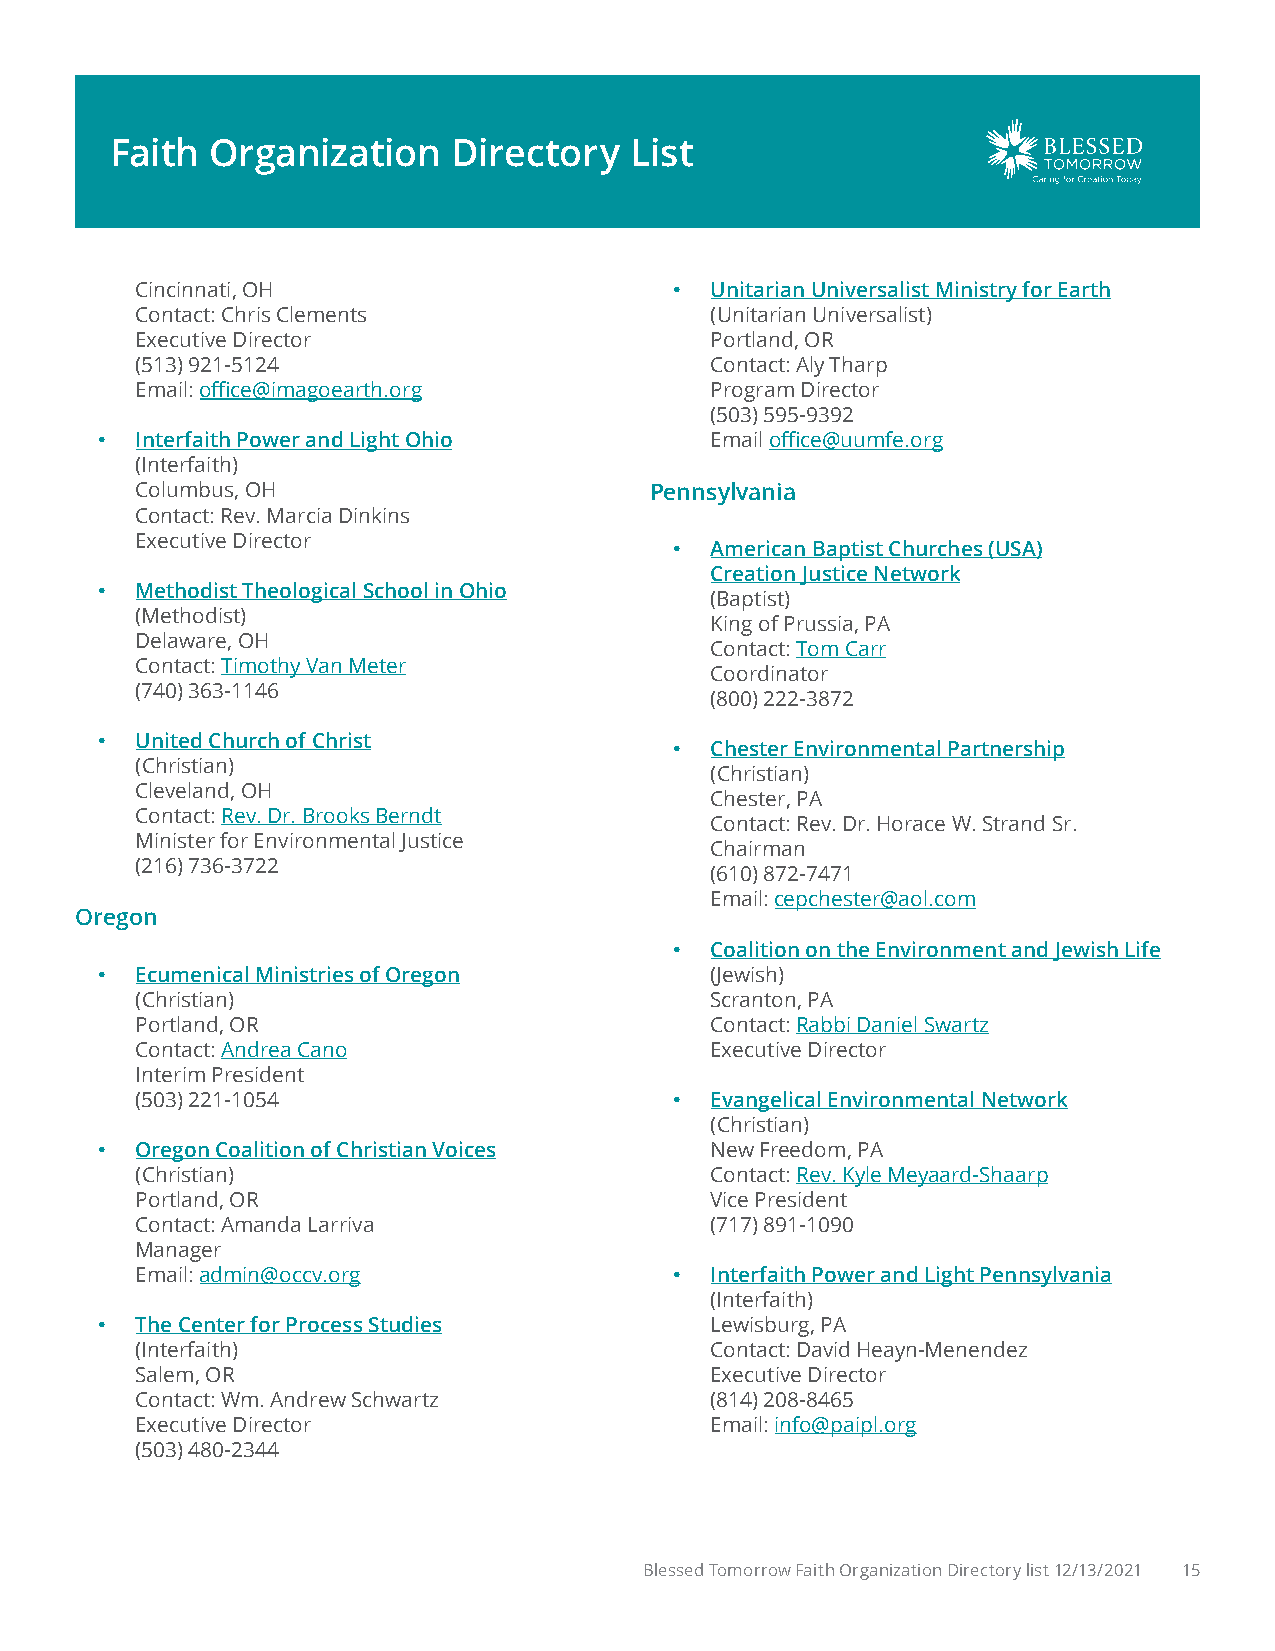
Faith  Organization    Directory   List
 Cincinnati, OH                      • Unitarian Universalist Ministry for Earth
 Contact: Chris Clements               (Unitarian Universalist)
 Executive Director                    Portland, OR
 (513) 921-5124                        Contact: Aly Tharp
 Email: office@imagoearth.org          Program Director
 (503) 595-9392
 •  Interfaith Power and Light Ohio       Email office@uumfe.org
 (Interfaith)
 Columbus, OH                      Pennsylvania
 Contact: Rev. Marcia Dinkins
 Executive Director
 • American Baptist Churches (USA)
 Creation Justice Network
 •  Methodist Theological School in Ohio
 (Baptist)
 (Methodist)
 King of Prussia, PA
 Delaware, OH
 Contact: Tom Carr
 Contact: Timothy Van Meter
 Coordinator
 (740) 363-1146
 (800) 222-3872
 •  United Church of Christ
 • Chester Environmental Partnership
 (Christian)
 (Christian)
 Cleveland, OH
 Chester, PA
 Contact: Rev. Dr. Brooks Berndt
 Contact: Rev. Dr. Horace W. Strand Sr.
 Minister for Environmental Justice
 Chairman
 (216) 736-3722
 (610) 872-7471
 Email: cepchester@aol.com
 Oregon
 • Coalition on the Environment and Jewish Life
 •  Ecumenical Ministries of Oregon       (Jewish)
 (Christian)                           Scranton, PA
 Portland, OR                          Contact: Rabbi Daniel Swartz
 Contact: Andrea Cano                  Executive Director
 Interim President
 (503) 221-1054                      • Evangelical Environmental Network
 (Christian)
 •  Oregon Coalition of Christian Voices  New Freedom, PA
 (Christian)                           Contact: Rev. Kyle Meyaard-Shaarp
 Portland, OR                          Vice President
 Contact: Amanda Larriva               (717) 891-1090
 Manager
 Email: admin@occv.org               • Interfaith Power and Light Pennsylvania
 (Interfaith)
 •  The Center for Process Studies        Lewisburg, PA
 (Interfaith)                          Contact: David Heayn-Menendez
 Salem, OR                             Executive Director
 Contact: Wm. Andrew Schwartz          (814) 208-8465
 Executive Director                    Email: info@paipl.org
 (503) 480-2344
 Blessed Tomorrow Faith Organization Directory list 12/13/2021 15